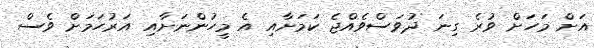
އަށް މަހަށް ވުރެ ގިނަ ދުވަސްވެއްޖެ ކަމަށާއި އެ މީހުންނަށާއި އަރުހަމަށް ވެސް